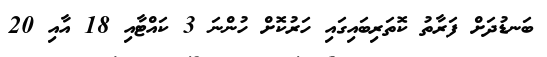
ބަނޑުދަށް ފަރާތު ކޮތަރިބައިގައި ހަރުކޮށް ހުންނަ 3 ކައްޓާއި 18 އާއި 20